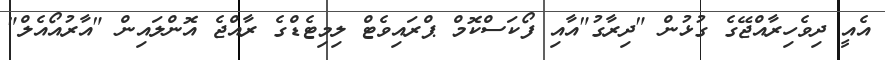
އެއީ ދިވެހިރާއްޖޭގެ ގުޅުން "ދިރާގު"އާއި ފޯކަސްކޮމް ޕްރައިވެޓް ލިމިޓެޑްގެ ރާއްޖެ އޮންލައިން "އާރުއޯއެލް"